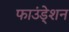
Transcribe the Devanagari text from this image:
फाउंडे्शन